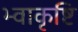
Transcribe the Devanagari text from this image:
भ्वाकृष्टि